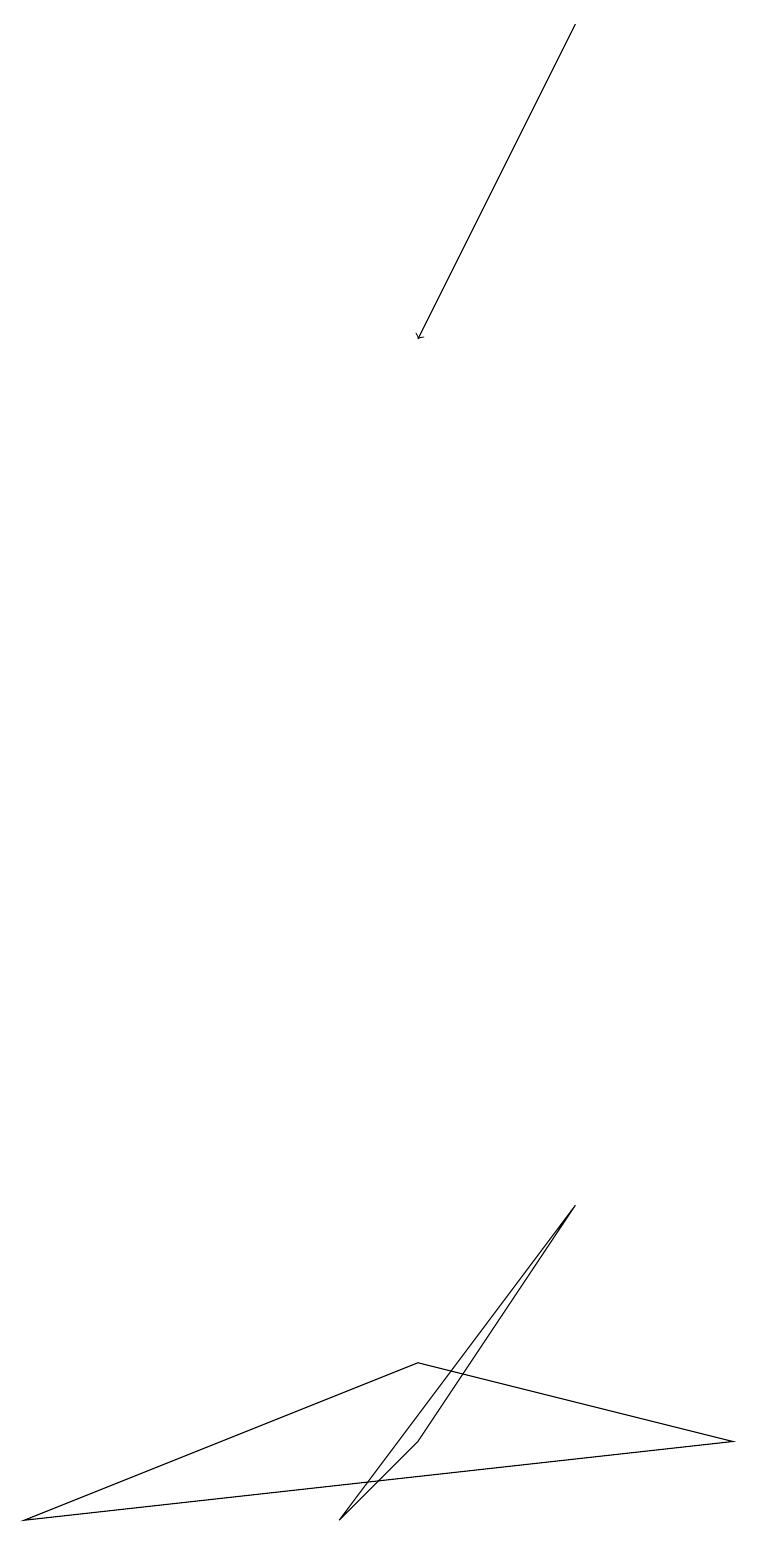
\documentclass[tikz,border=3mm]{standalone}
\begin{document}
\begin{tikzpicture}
\draw (9,1) -- (5,2) -- (0,0) -- cycle;
\draw (0,16) rectangle (0,16);
\draw (5,1) -- (4,0) -- (7,4) -- cycle;
\draw[->] (7,19) -- (5,15);
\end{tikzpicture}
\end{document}